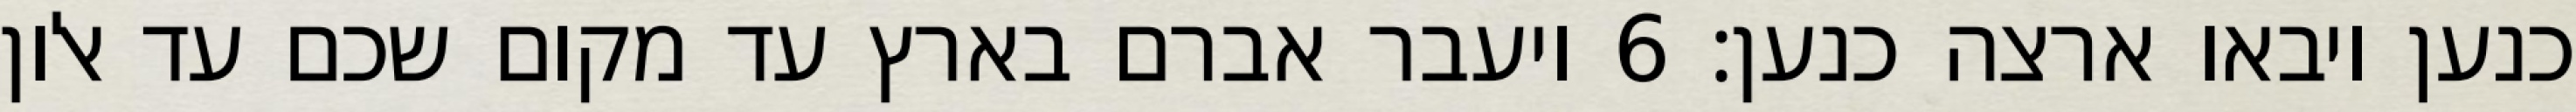
כנען ויבאו ארצה כנען׃ ‎6‏ ויעבר אברם בארץ עד מקום שכם עד אלון